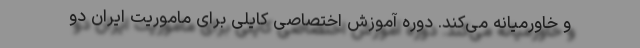
و خاورمیانه می‌کند. دوره آموزش اختصاصی کایلی برای ماموریت ایران دو